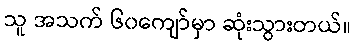
သူ အသက် ၆၀ကျော်မှာ ဆုံးသွားတယ်။